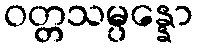
ဝတ္တသမ္ပန္နော